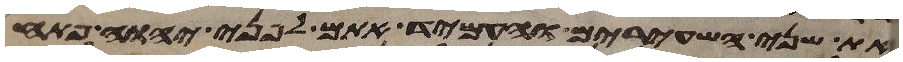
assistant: את שני השעירים והעמיד אתם לפני יהוה פתח